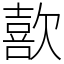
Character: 歖